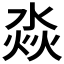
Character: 𣶷